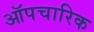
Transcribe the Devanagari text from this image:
ऑपचारिक